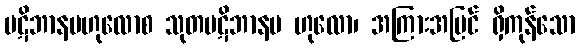
ပဋိဘာနဗဟုလောစ သုတပဋိဘာနဗ ဟုလော၊ အကြားအမြင် ရှိကုန်သော